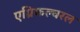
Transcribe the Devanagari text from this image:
एग्रिकल्चरल